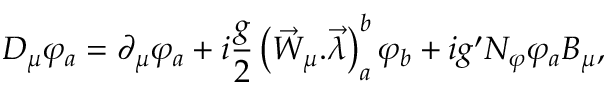
{ \cal D } _ { \mu } \varphi _ { a } = \partial _ { \mu } \varphi _ { a } + i \frac { g } { 2 } \left( \vec { W } _ { \mu } . \vec { \lambda } \right) _ { a } ^ { b } \varphi _ { b } + i g ^ { \prime } N _ { \varphi } \varphi _ { a } B _ { \mu } ,